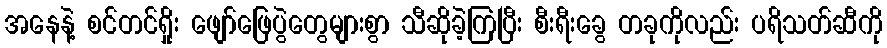
အနေနဲ့ စင်တင်ရှိုး ဖျော်ဖြေပွဲတွေများစွာ သီဆိုခဲ့ကြပြီး စီးရီးခွေ တခုကိုလည်း ပရိသတ်ဆီကို